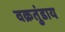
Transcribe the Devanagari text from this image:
वक्रतुंडाय